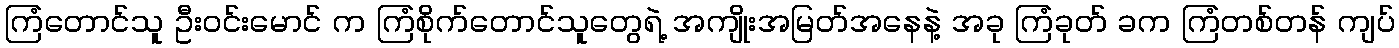
ကြံတောင်သူ ဦးဝင်းမောင် က ကြံစိုက်တောင်သူတွေရဲ့ အကျိုးအမြတ်အနေနဲ့ အခု ကြံခုတ် ခက ကြံတစ်တန် ကျပ်